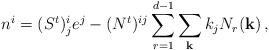
LaTeX: \begin{align*}n^{i} = (S^{t})^{i}_{j}e^{j} - (N^{t})^{ij}\sum_{r=1}^{d-1}\sum_{\bf k} k_{j}N_{r}({\bf k}) \, ,\end{align*}